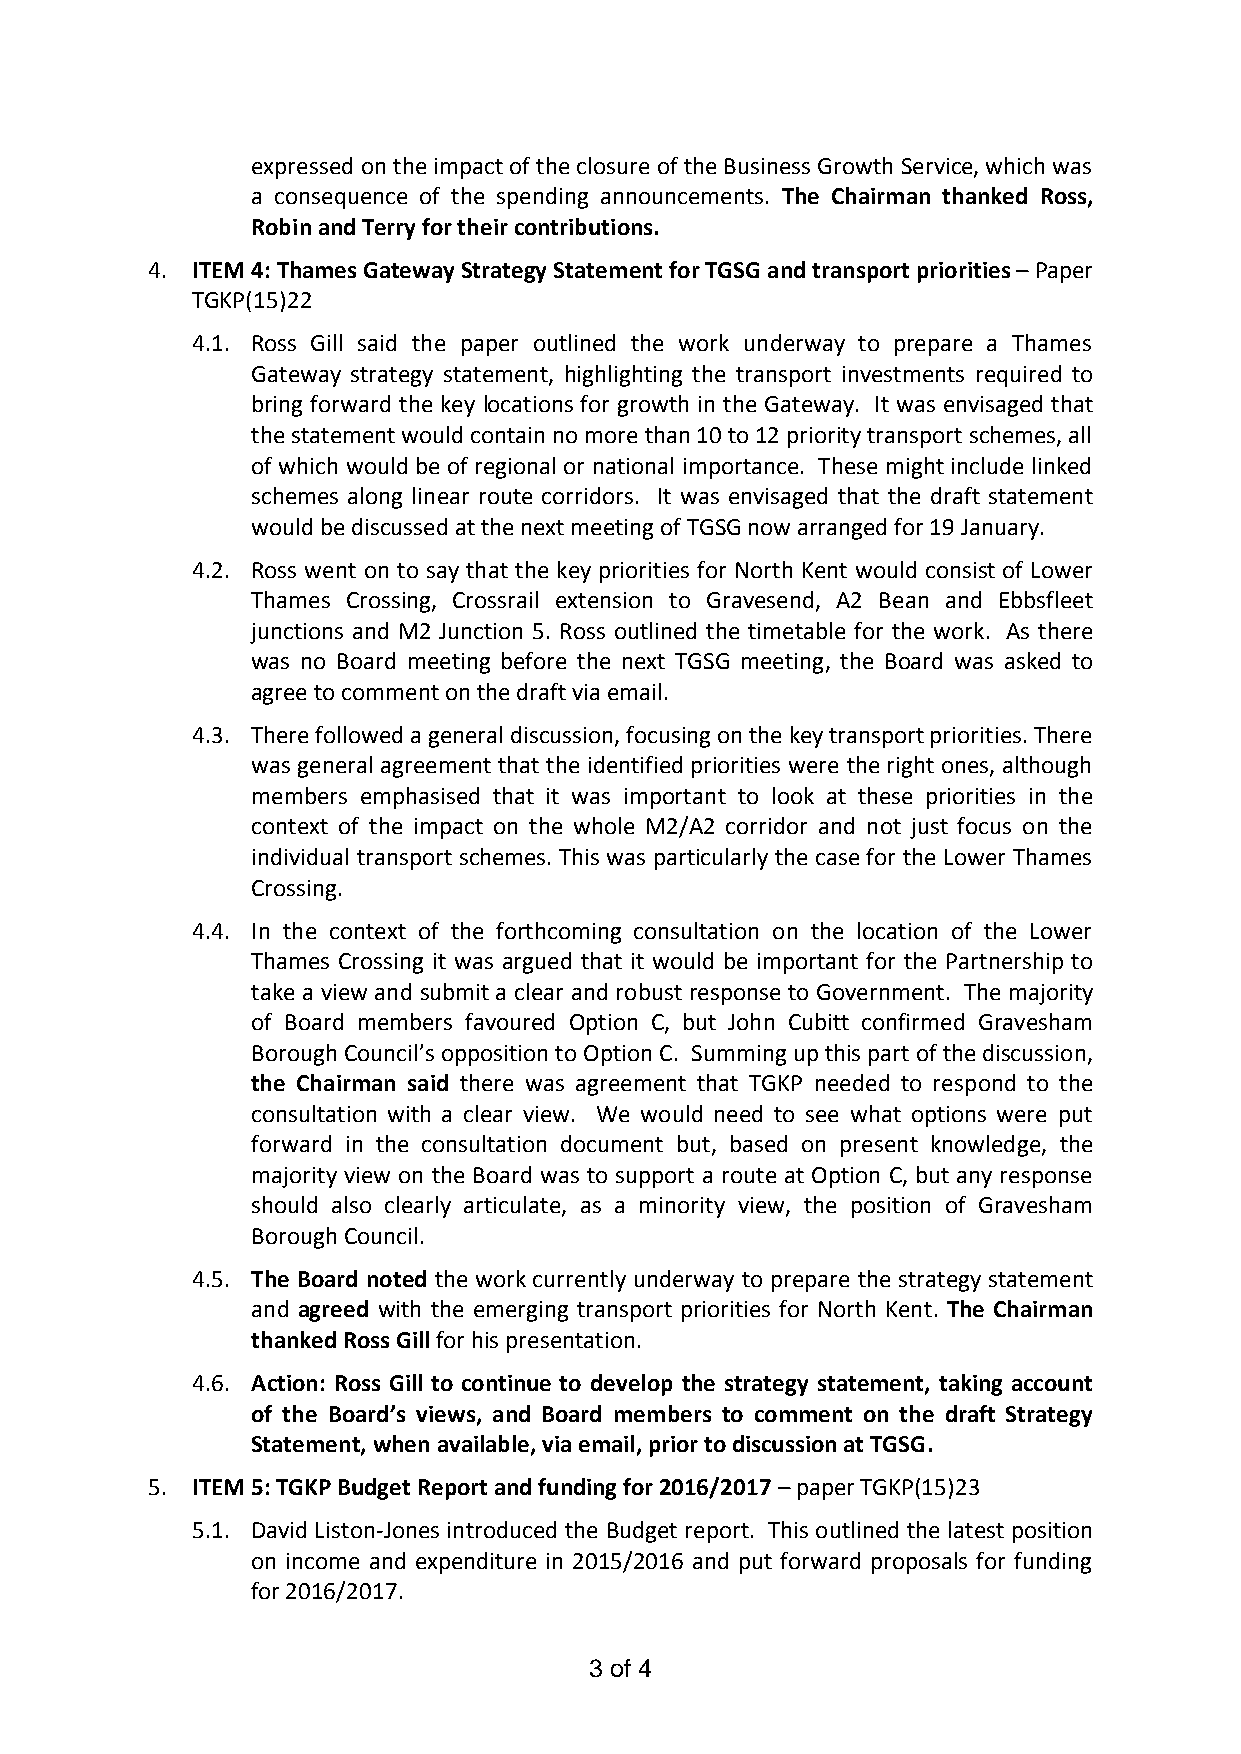
expressed on the impact of the closure of the Business Growth Service, which was
 a consequence of the spending announcements. The Chairman thanked Ross,
 Robin and Terry for their contributions.
 4. ITEM 4: Thames Gateway Strategy Statement for TGSG and transport priorities – Paper
 TGKP(15)22
 4.1. Ross Gill said the paper outlined the work underway to prepare a Thames
 Gateway strategy statement, highlighting the transport investments required to
 bring forward the key locations for growth in the Gateway. It was envisaged that
 the statement would contain no more than 10 to 12 priority transport schemes, all
 of which would be of regional or national importance. These might include linked
 schemes along linear route corridors. It was envisaged that the draft statement
 would be discussed at the next meeting of TGSG now arranged for 19 January.
 4.2. Ross went on to say that the key priorities for North Kent would consist of Lower
 Thames Crossing, Crossrail extension to Gravesend, A2 Bean and Ebbsfleet
 junctions and M2 Junction 5. Ross outlined the timetable for the work. As there
 was no Board meeting before the next TGSG meeting, the Board was asked to
 agree to comment on the draft via email.
 4.3. There followed a general discussion, focusing on the key transport priorities. There
 was general agreement that the identified priorities were the right ones, although
 members emphasised that it was important to look at these priorities in the
 context of the impact on the whole M2/A2 corridor and not just focus on the
 individual transport schemes. This was particularly the case for the Lower Thames
 Crossing.
 4.4. In the context of the forthcoming consultation on the location of the Lower
 Thames Crossing it was argued that it would be important for the Partnership to
 take a view and submit a clear and robust response to Government. The majority
 of Board members favoured Option C, but John Cubitt confirmed Gravesham
 Borough Council’s opposition to Option C. Summing up this part of the discussion,
 the Chairman said there was agreement that TGKP needed to respond to the
 consultation with a clear view. We would need to see what options were put
 forward in the consultation document but, based on present knowledge, the
 majority view on the Board was to support a route at Option C, but any response
 should also clearly articulate, as a minority view, the position of Gravesham
 Borough Council.
 4.5. The Board noted the work currently underway to prepare the strategy statement
 and agreed with the emerging transport priorities for North Kent. The Chairman
 thanked Ross Gill for his presentation.
 4.6. Action: Ross Gill to continue to develop the strategy statement, taking account
 of the Board’s views, and Board members to comment on the draft Strategy
 Statement, when available, via email, prior to discussion at TGSG.
 5. ITEM 5: TGKP Budget Report and funding for 2016/2017 – paper TGKP(15)23
 5.1. David Liston-Jones introduced the Budget report. This outlined the latest position
 on income and expenditure in 2015/2016 and put forward proposals for funding
 for 2016/2017.
 3 of 4